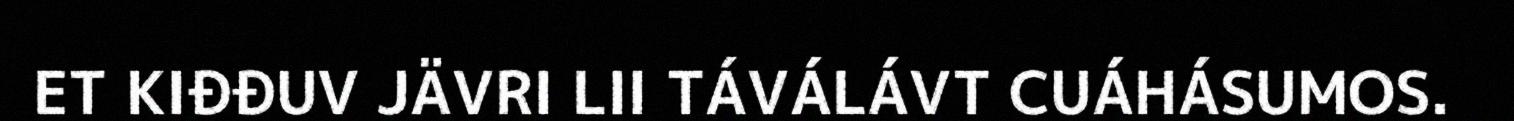
ET KIĐĐUV JÄVRI LII TÁVÁLÁVT CUÁHÁSUMOS.